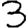
Digit: 3